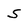
Character: S